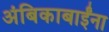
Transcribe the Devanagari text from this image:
अंबिकाबाईंना